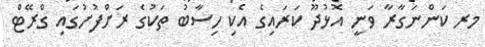
މރ ކަންނަގާރާ ވަނީ އޮޅުދޫ ކަރައިގެ އެކި ހިސާބު ތަކުގެ ރަށްފުށުގައި ގްރޭޓް